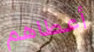
أعطاهم